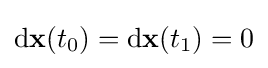
\mathrm {d} \mathbf {x} (t_{0})=\mathrm {d} \mathbf {x} (t_{1})=0